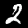
Label: 2